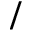
/